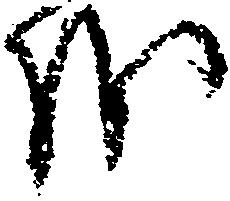
を